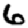
Digit: 6